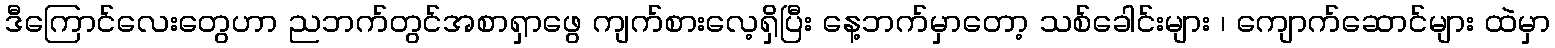
ဒီကြောင်လေးတွေဟာ ညဘက်တွင်အစာရှာဖွေ ကျက်စားလေ့ရှိပြီး နေ့ဘက်မှာတော့ သစ်ခေါင်းများ ၊ ကျောက်ဆောင်များ ထဲမှာ